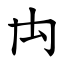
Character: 禸